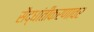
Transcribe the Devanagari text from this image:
सैद्धांतीकरणावर